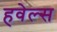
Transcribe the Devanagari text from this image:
हवेल्स